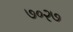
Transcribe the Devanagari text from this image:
७०२७